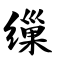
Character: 缫